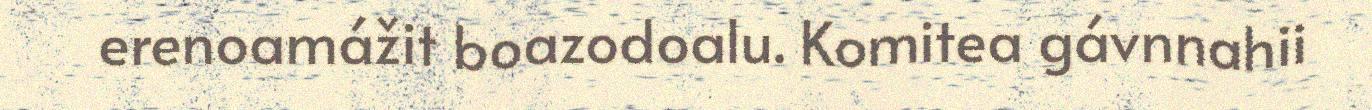
erenoamážit boazodoalu. Komitea gávnnahii